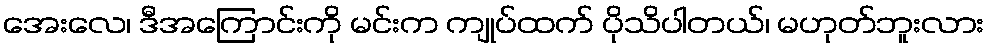
အေးလေ၊ ဒီအကြောင်းကို မင်းက ကျုပ်ထက် ပိုသိပါတယ်၊ မဟုတ်ဘူးလား